Hookworm disease and how to prevent it
Disease focus: Hookworm
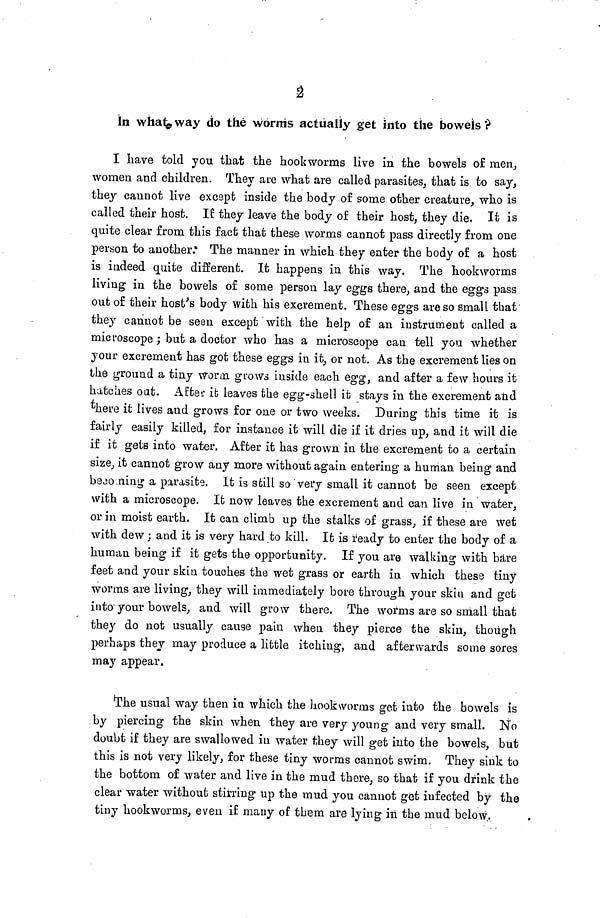
2
In what way do thewornis actually get into the bowels
I have told you that the hookworms live in the bowels of men,
women and children. They are what are called parasites, that is to say,
they cannot live except inside the body of some other creature, who is
called their host. If they leave the body of their host, they die. It is
quite clear from this fact that these worms cannot pass directly from one
person to another. The manner in which they enter the body of a host
is indeed quite different. It happens in this way. The hookworms
living in the bowels of some person lay eggs there, and the eggs pass
out of their host's body with his excrement. These eggs are so small that
they cannot be seen except with the help of an instrument called a
microscope ; but a doctor who has a microscope can tell you whether
your excrement has got these eggs in it, or not. As the excrement lies on
the ground a tiny Worm grows inside each egg, and after a few hours it
hatches oat. After it leaves the egg-shell it stays in the excrement and
there it lives and grows for one or two weeks. During this time it is
fairly easily killed, for instance it will die if it dries up, and it will die
if it gets into water. After it has grown in the excrement to a certain
size, it cannot grow any more without again entering a human being and
becoming a parasite. It is still so very small it cannot be seen except
with a microscope. It now leaves the excrement and can live in water,
or in moist earth. It can climb up the stalks of grass, if these are wet
with dew ; and it is very hard to kill. It is ready to enter the body of a
human being if it gets the opportunity. If you are walking with bare
feet and your skin touches the wet grass or earth in which these tiny
worms are living, they will immediately bore through your skin and get
into your bowels, and will grow there. The worms are so small that
they do not usually cause pain when they pierce the skin, though
perhaps they may produce a little itching, and afterwards some sores
may appear.
The usual way then in which the hookworms get into the bowels is
by piercing the skin when they are very young and very small. No
doubt if they are swallowed in water they will get into the bowels, but
this is not very likely, for these tiny worms cannot swim. They sink to
the bottom of water and live in the mud there, so that if you drink the
clear water without stirring up the mud you cannot get infected by the
tiny hookworms, even if many of them are lying in the mud below.